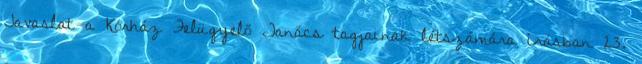
Javaslat a Kórház Felügyelő Tanács tagjainak létszámára írásban 23.